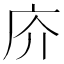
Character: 庎